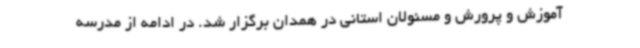
آموزش و پرورش و مسئولان استانی در همدان برگزار شد. در ادامه از مدرسه